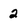
Character: 2